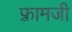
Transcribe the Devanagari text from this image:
फ़्रामजी